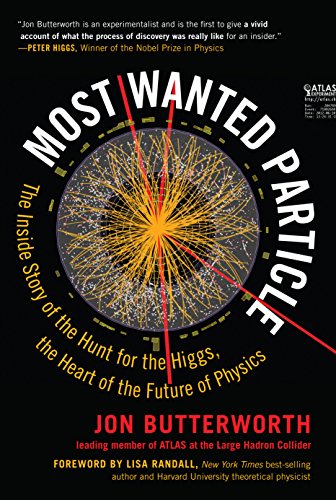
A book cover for Most Wanted Particle: The Inside Story of the Hunt for the Higgs, the Heart of the Future of Physics; Jon Butterworth; Science & Math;